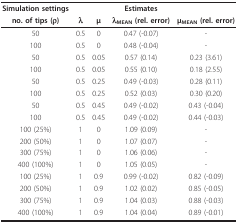
<table><thead><tr><td><b>Simulation settings</b></td><td></td><td></td><td><b>Estimates</b></td><td></td></tr><tr><td><b>no. of tips (ρ)</b></td><td><b>λ</b></td><td><b>μ</b></td><td><b>λ<sub>MEAN </sub>(rel. error)</b></td><td><b>μ<sub>MEAN </sub>(rel. error)</b></td></tr></thead><tbody><tr><td>50</td><td>0.5</td><td>0</td><td>0.47 (-0.07)</td><td>-</td></tr><tr><td>100</td><td>0.5</td><td>0</td><td>0.48 (-0.04)</td><td>-</td></tr><tr><td>50</td><td>0.5</td><td>0.05</td><td>0.57 (0.14)</td><td>0.23 (3.61)</td></tr><tr><td>100</td><td>0.5</td><td>0.05</td><td>0.55 (0.10)</td><td>0.18 (2.55)</td></tr><tr><td>50</td><td>0.5</td><td>0.25</td><td>0.49 (-0.03)</td><td>0.28 (0.11)</td></tr><tr><td>100</td><td>0.5</td><td>0.25</td><td>0.52 (0.03)</td><td>0.30 (0.20)</td></tr><tr><td>50</td><td>0.5</td><td>0.45</td><td>0.49 (-0.02)</td><td>0.43 (-0.04)</td></tr><tr><td>100</td><td>0.5</td><td>0.45</td><td>0.49 (-0.02)</td><td>0.44 (-0.03)</td></tr><tr><td>100 (25%)</td><td>1</td><td>0</td><td>1.09 (0.09)</td><td>-</td></tr><tr><td>200 (50%)</td><td>1</td><td>0</td><td>1.07 (0.07)</td><td>-</td></tr><tr><td>300 (75%)</td><td>1</td><td>0</td><td>1.06 (0.06)</td><td>-</td></tr><tr><td>400 (100%)</td><td>1</td><td>0</td><td>1.05 (0.05)</td><td>-</td></tr><tr><td>100 (25%)</td><td>1</td><td>0.9</td><td>0.99 (-0.02)</td><td>0.82 (-0.09)</td></tr><tr><td>200 (50%)</td><td>1</td><td>0.9</td><td>1.02 (0.02)</td><td>0.85 (-0.05)</td></tr><tr><td>300 (75%)</td><td>1</td><td>0.9</td><td>1.04 (0.03)</td><td>0.88 (-0.03)</td></tr><tr><td>400 (100%)</td><td>1</td><td>0.9</td><td>1.04 (0.04)</td><td>0.89 (-0.01)</td></tr></tbody></table>